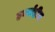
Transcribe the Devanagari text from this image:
हर्क्सहीम